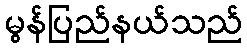
မွန်ပြည်နယ်သည်